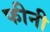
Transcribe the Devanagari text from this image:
फीनी